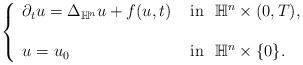
LaTeX: \begin{align*}\left\{\begin{array}{ll}\partial_{t}u=\Delta_{\mathbb{H}^{n}} u+ f(u, t) &\hbox{ in }~ \mathbb{H}^{n}\times (0, T),\\\\u =u_{0} &\hbox{ in }~ \mathbb{H}^{n}\times \{0\}.\end{array}\right.\end{align*}